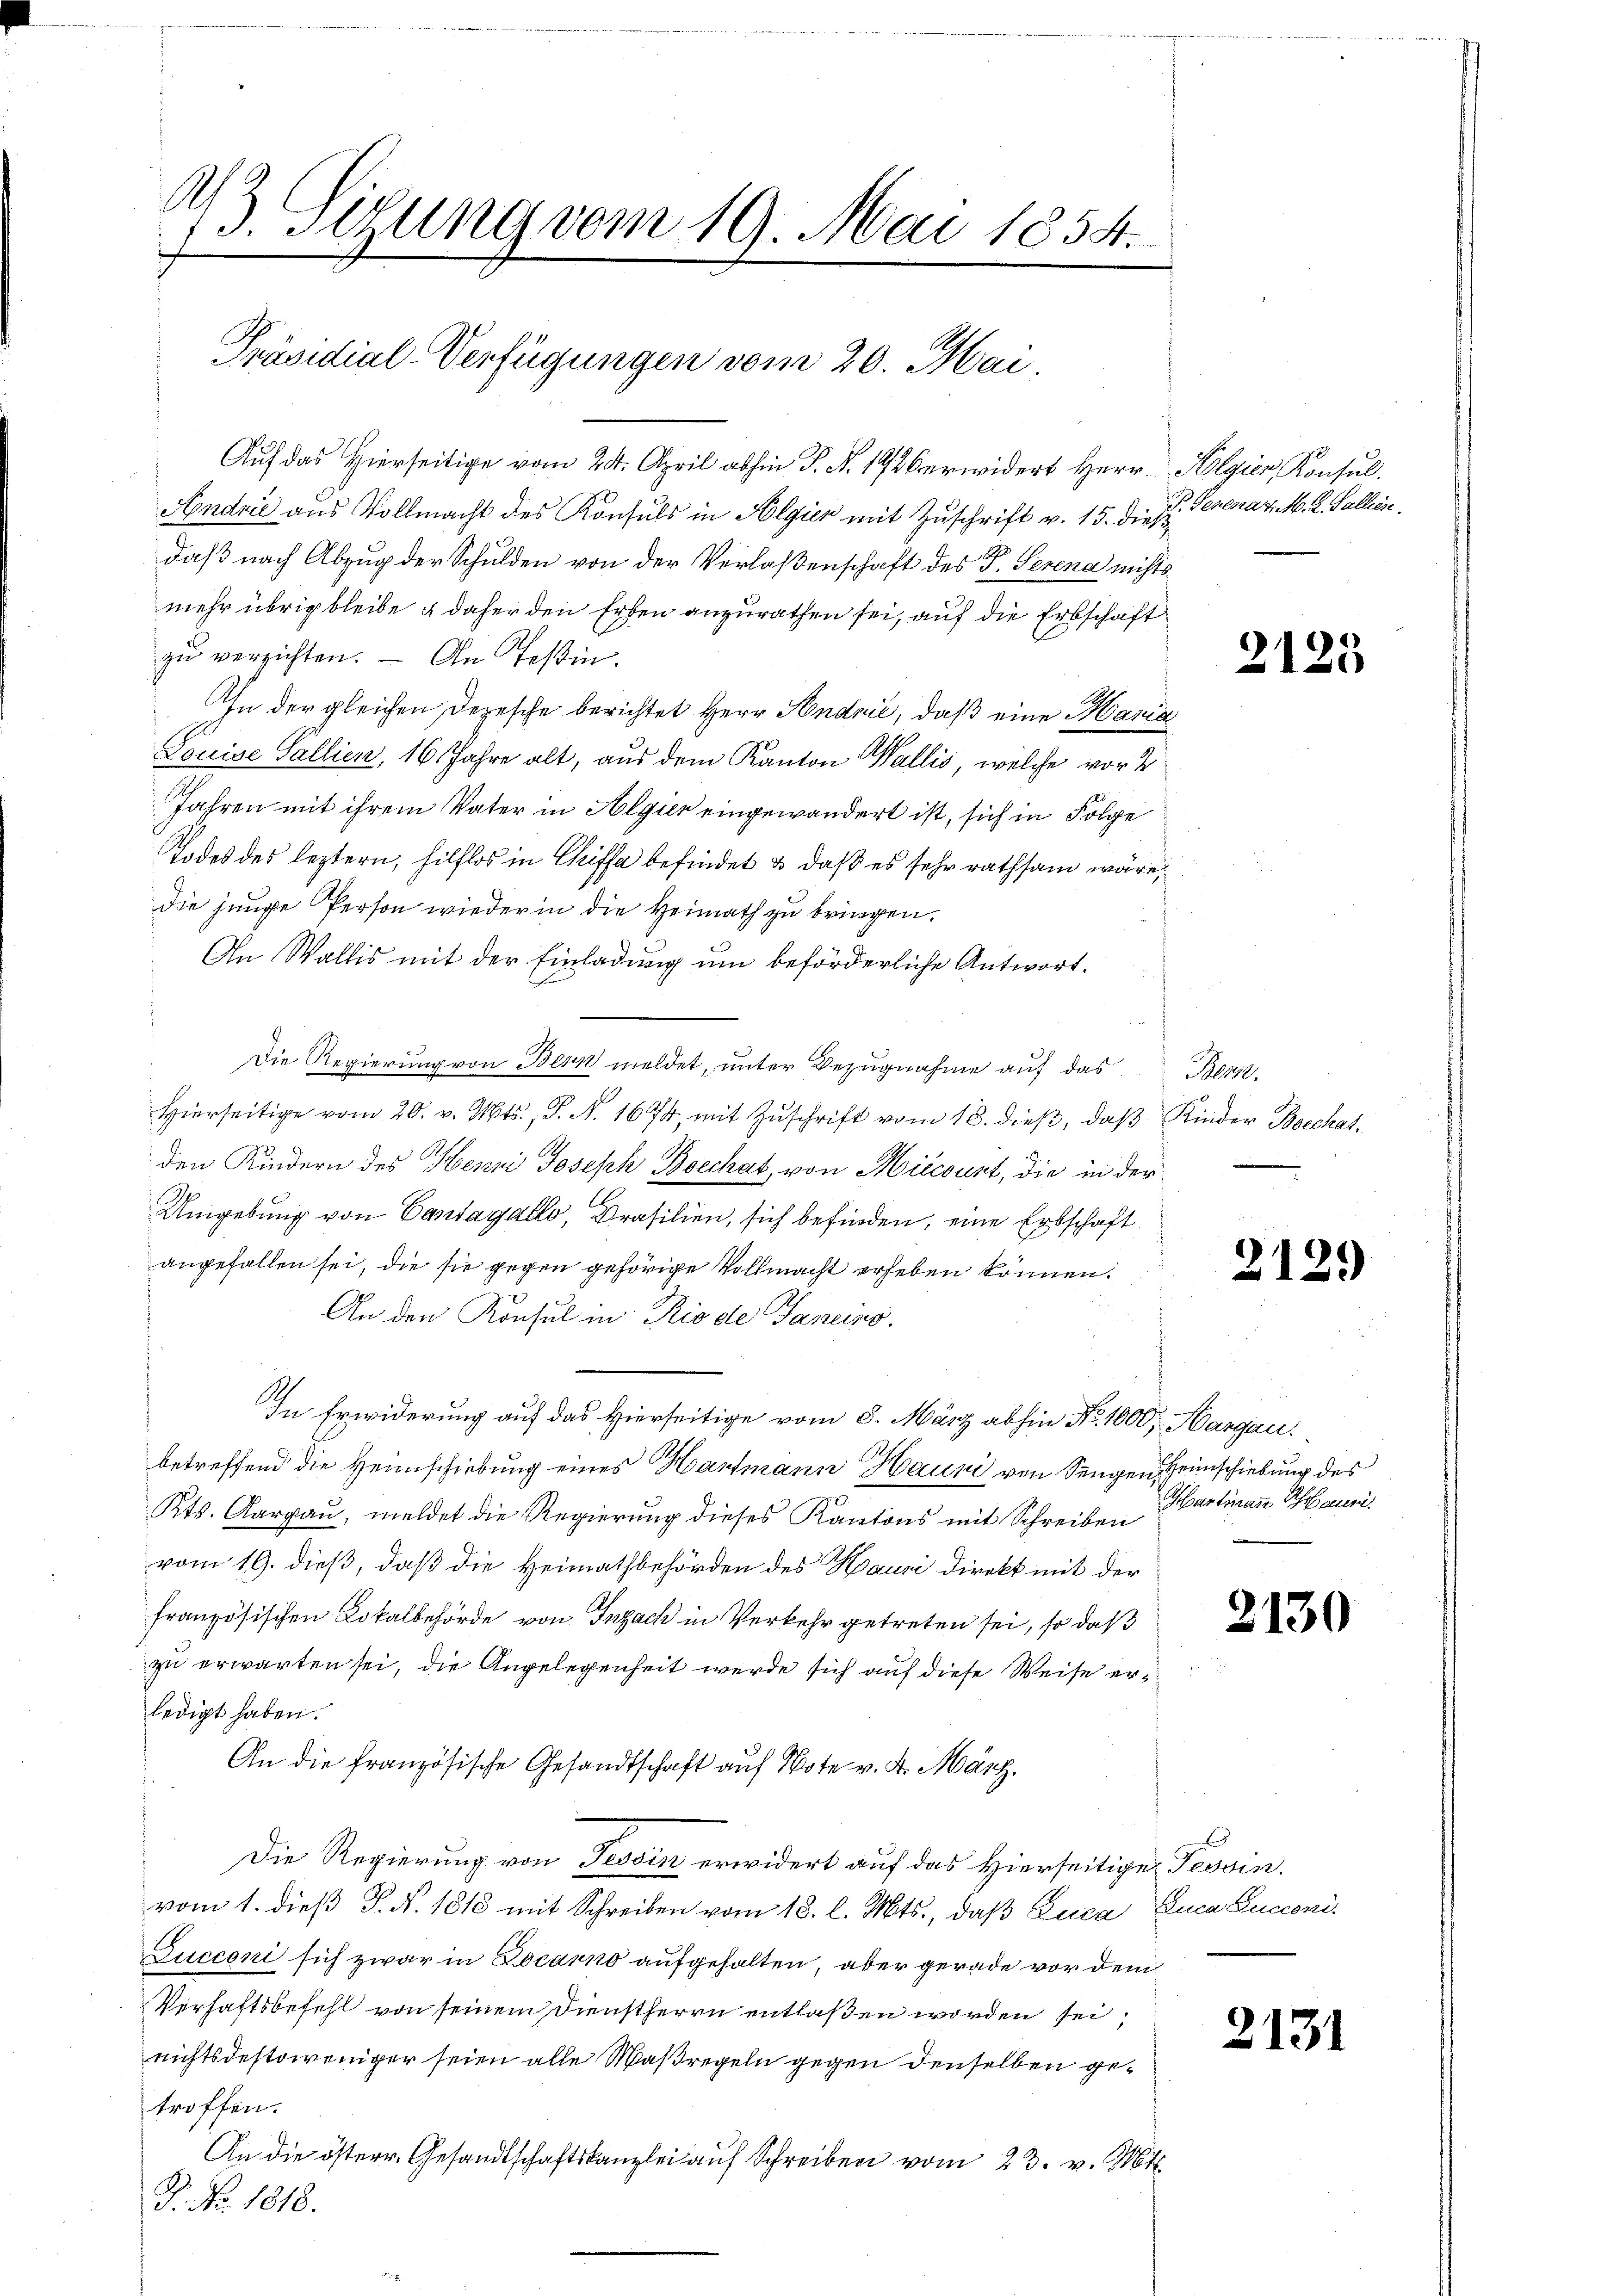
M.
13. Setzung vom 19. Mai 1854.

E
Präsidial-Verfügungen vom 20. Mai,

Auf das Hierseitige vom 24. April abhin P. N. 1926 erwidert Herr Algier, Konsul
Andrie aus Vollmacht des Konsuls in Algien mit Zuschrift v. 15. d. 7. Serena v. M. R. Gallen.
daß nach Abzug der Schulden von der Verlaßenschaft des P. Serena nichts
mehr übrig bleibe & daher den Erben anzurathen sei, auf die Erbschaft
zu verzichten. — An Teßin.
In der gleichen Depesche berichtet Herr Sendnić, daß eine Maria
Louise Gallien, 16. Jahre alt, aus dem Kanton Wallis, welche vor 2
Jahren mit ihrem Vater in Algien eingewandert ist, sich in Folge
Todes des leztern, hilflos in Chiffa befindet & daß es sehr rathsam wäre,
die junge Person wieder in die Heimath zu bringen.
An Wallis mit der Einladung um beförderliche Antwort.
Die Regierung von Besin meldet, unter Bezugnahme auf das
Hierseitige vom 20. v. Mts., S. N. 1674, mit Zŭschrift vom 18. dieβ, daβ Kinder Boechat
den Kindern des Henni Joseph Boechat, von Hiecourt, die in der
Umgebung von Cantagello, Prasilien, sich befinden, eine Erbschaft
angefallen sei, die sie gegen gehörige Vollmacht erheben können.
An den Konsul in Rio de Janeins
In Erwiderung auf das Hierseitige vom 8. März abhin Nr. 1000 Margau.
betreffend die Heimschiebung eines Hartmann Hausi von Singen einschiebung des
Kts. Aargau, meldet die Regierung dieses Kantons mit Schreiben
vom 19. dieß, daß die Heimathbehörden des Hausi direkt mit der
französischen Lokalbehörde von Insach in Verkehr getreten sei, so daß
zu erwarten sei, die Angelegenheit werde sich auf diese Weise erledigt haben.
An die französische Gesandtschaft auf Note v. 4. März.
Die Regierung von Tessin erwidert auf das Hierseitige Tessin.
vom 1. dieß J. N. 1818 mit Schreiben vom 18. l. Mts., daß Luca, Euca Bucconi¬
Jucconi sich zwar in Locarno aufgehalten, aber gerade vor dem
Verhaftsbefehl von seinem Dienstherrn entlaßen worden sei,
nichtsdestoweniger seien alle Maßregeln gegen denselben getroffen.
An die österr. Gesandtschaftskanzlei auf Schreiben vom 23. v. Mts.
P. Nr. 1818.

2125

Bern.

2129

Martinare Hause

2130

x

2131

¬